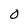
Character: 0